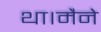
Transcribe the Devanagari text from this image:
था।मैने